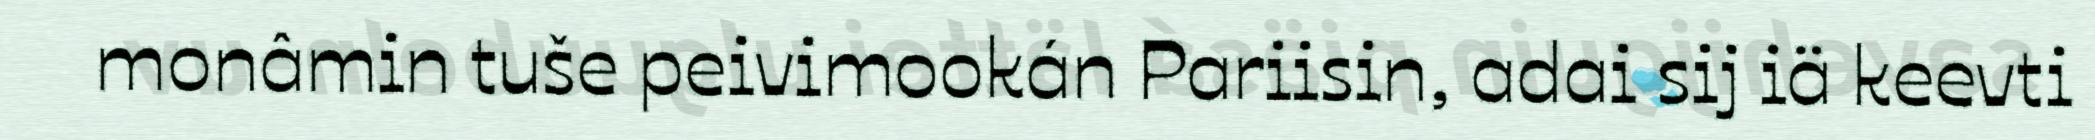
monâmin tuše peivimookán Pariisin, adai sij iä keevti